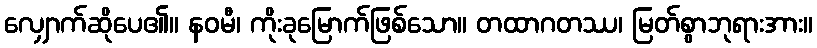
လျှောက်ဆိုပေ၏။ နဝမီ၊ ကိုးခုမြောက်ဖြစ်သော။ တထာဂတဿ၊ မြတ်စွာဘုရားအား။